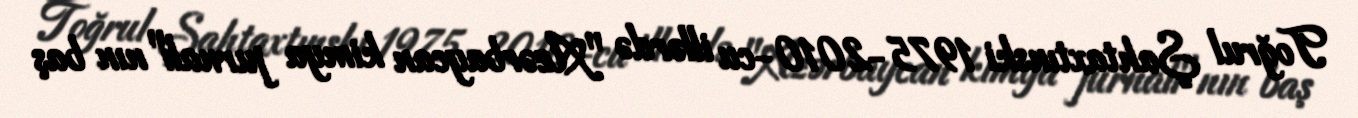
Toğrul Şahtaxtınski 1975-2010-cu illərdə "Azərbaycan kimya jurnalı"nın baş